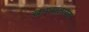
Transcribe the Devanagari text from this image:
खाण्यालायक